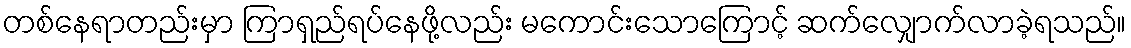
တစ်နေရာတည်းမှာ ကြာရှည်ရပ်နေဖို့လည်း မကောင်းသောကြောင့် ဆက်လျှောက်လာခဲ့ရသည်။